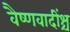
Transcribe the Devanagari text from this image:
वैष्णवादींश्च